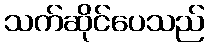
သက်ဆိုင်ပေသည်